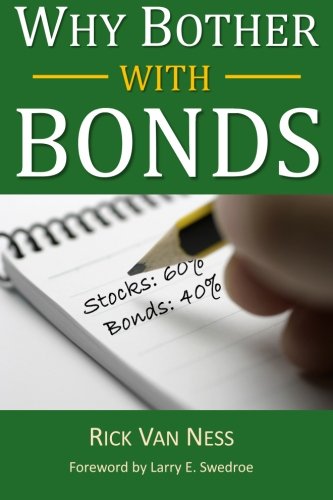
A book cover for Why Bother With Bonds: A Guide To Build All-Weather Portfolio Including CDs, Bonds, and Bond Funds--Even During Low Interest Rates (How To Achieve Financial Independence); Rick Van Ness; Business & Money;